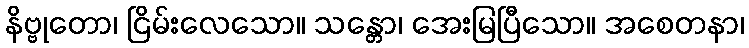
နိဗ္ဗုတော၊ ငြိမ်းလေသော။ သန္တော၊ အေးမြပြီသော။ အစေတနာ၊